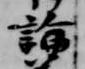
論